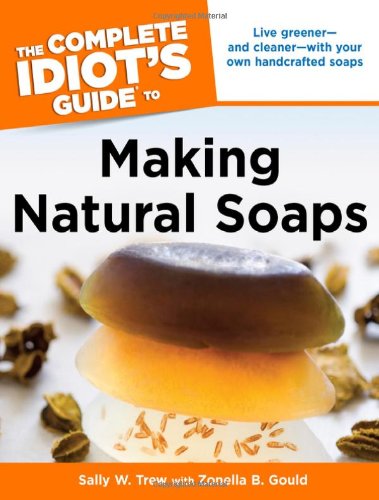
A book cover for The Complete Idiot's Guide to Making Natural Soaps (Idiot's Guides); Sally W. Trew; Crafts, Hobbies & Home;